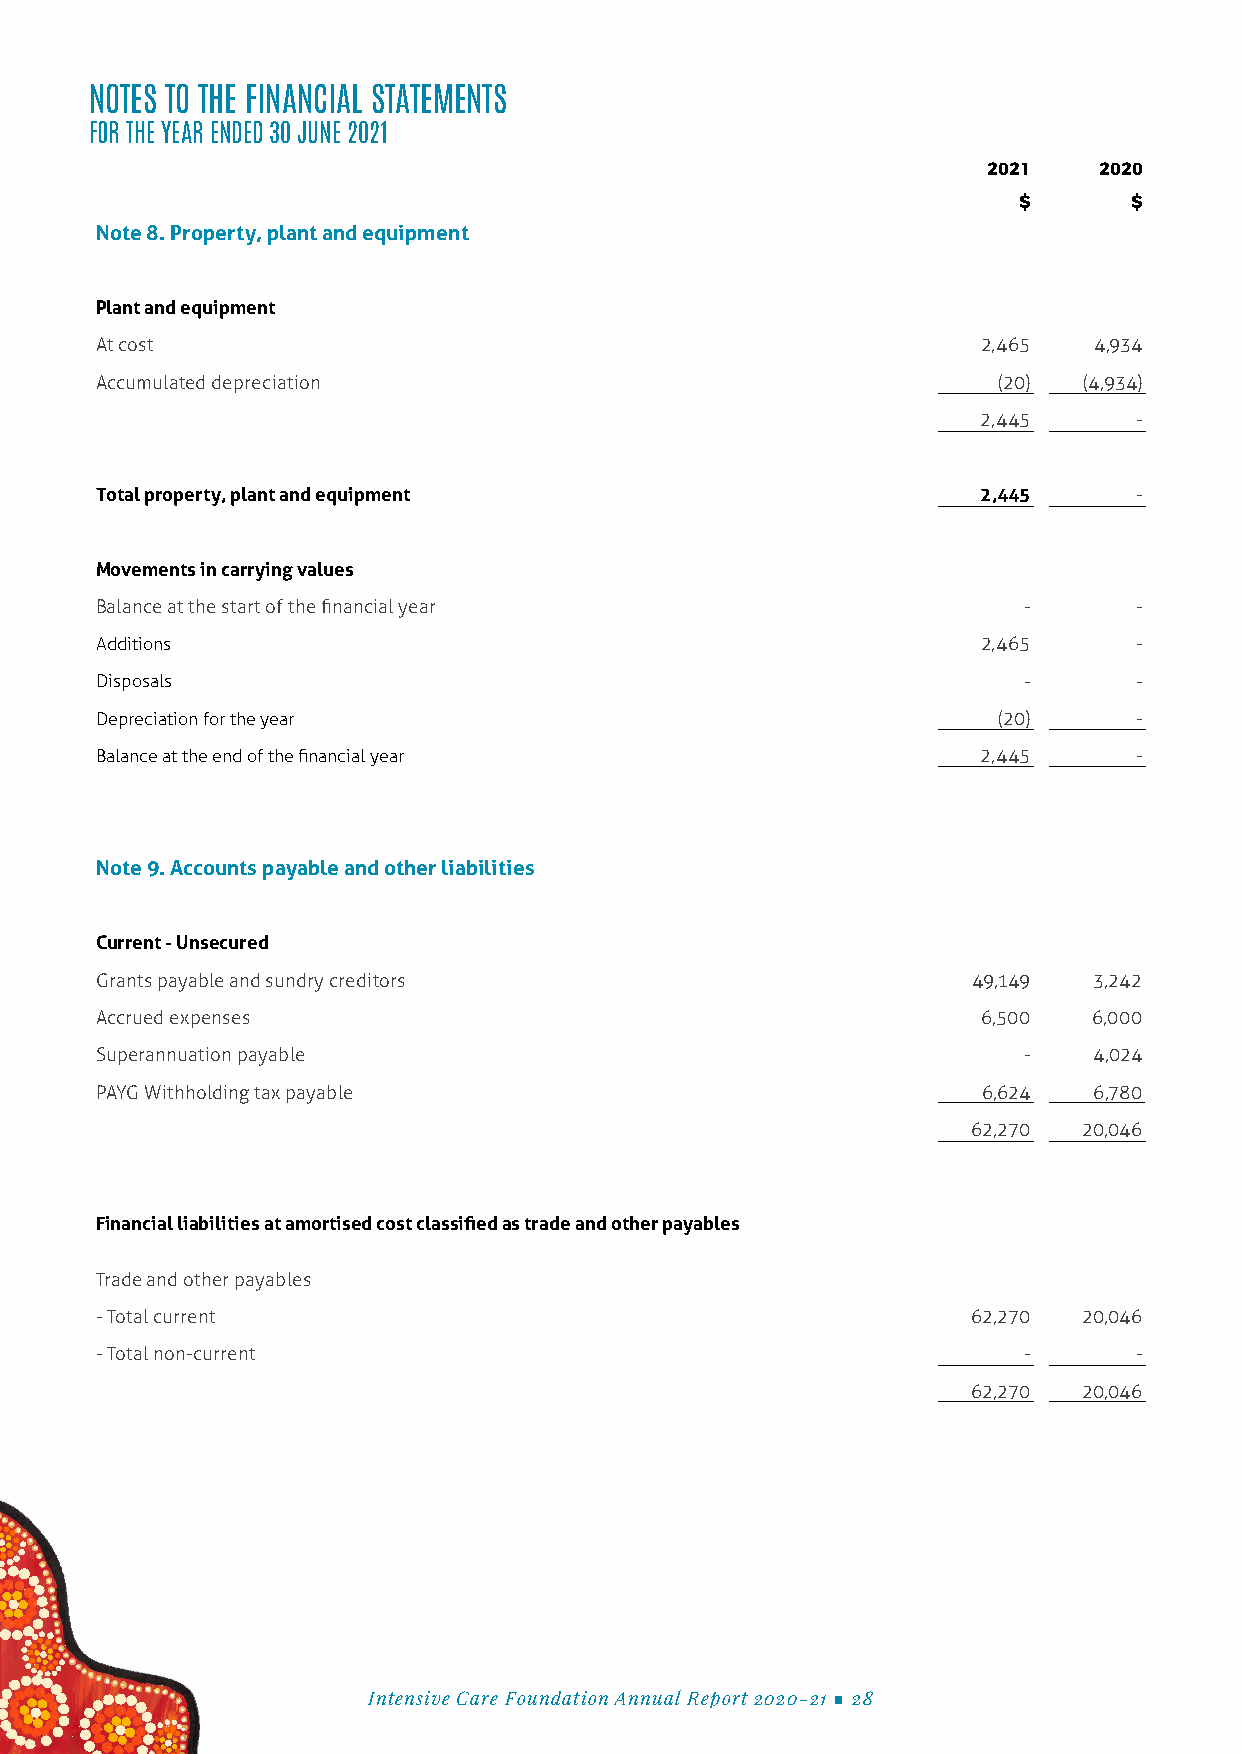
NOTES TO THE FINANCIAL STATEMENTS
 FOR THE YEAR ENDED 30 JUNE 2021
 2021    2020
 $       $
 Note 8. Property, plant and equipment
 Plant and equipment
 At cost                                                    2,465  4,934
 Accumulated depreciation                                    (20)  (4,934)
 2,445     -
 Total property, plant and equipment                        2,445     -
 Movements in carrying values
 Balance at the start of the financial year                    -      -
 Additions                                                  2,465     -
 Disposals                                                     -      -
 Depreciation for the year                                   (20)     -
 Balance at the end of the financial year                   2,445     -
 Note 9. Accounts payable and other liabilities
 Current - Unsecured
 Grants payable and sundry creditors                       49,149  3,242
 Accrued expenses                                           6,500  6,000
 Superannuation payable                                        -   4,024
 PAYG Withholding tax payable                               6,624  6,780
 62,270  20,046
 Financial liabilities at amortised cost classified as trade and other payables
 Trade and other payables
 - Total current                                           62,270  20,046
 - Total non-current                                           -      -
 62,270  20,046
 Intensive Care Foundation Annual Report 2020-21 ■ 28